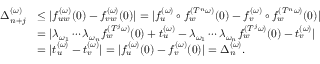
\begin{array} { r l } { \Delta _ { n + j } ^ { ( \omega ) } } & { \leq | f _ { u w } ^ { ( \omega ) } ( 0 ) - f _ { v w } ^ { ( \omega ) } ( 0 ) | = | f _ { u } ^ { ( \omega ) } \circ f _ { w } ^ { ( T ^ { n } \omega ) } ( 0 ) - f _ { v } ^ { ( \omega ) } \circ f _ { w } ^ { ( T ^ { n } \omega ) } ( 0 ) | } \\ & { = | \lambda _ { \omega _ { 1 } } \cdots \lambda _ { \omega _ { n } } f _ { w } ^ { ( T ^ { j } \omega ) } ( 0 ) + t _ { u } ^ { ( \omega ) } - \lambda _ { \omega _ { 1 } } \cdots \lambda _ { \omega _ { n } } f _ { w } ^ { ( T ^ { j } \omega ) } ( 0 ) - t _ { v } ^ { ( \omega ) } | } \\ & { = | t _ { u } ^ { ( \omega ) } - t _ { v } ^ { ( \omega ) } | = | f _ { u } ^ { ( \omega ) } ( 0 ) - f _ { v } ^ { ( \omega ) } ( 0 ) | = \Delta _ { n } ^ { ( \omega ) } . } \end{array}